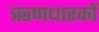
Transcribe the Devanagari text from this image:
ऋणधारकों